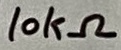
Text: 10kΩ